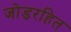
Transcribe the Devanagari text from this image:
जोड़रहित